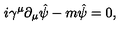
i \gamma ^ { \mu } \partial _ { \mu } \hat { \psi } - m { \hat { \psi } } = 0 ,